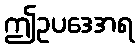
ဤဥပဒေအရ